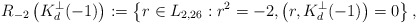
\begin{align*}R_{-2}\left( K_d^\perp(-1) \right) := \left\{r \in L_{2,26} : r^2 = -2, \left(r,K_d^\perp(-1)\right) = 0\right\},\end{align*}